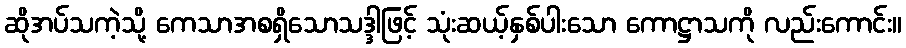
ဆိုအပ်သကဲ့သို့ ကေသာအစရှိသောသဒ္ဒါဖြင့် သုံးဆယ့်နှစ်ပါးသော ကောဋ္ဌာသကို လည်းကောင်း။